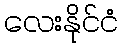
လေးနိုင်ငံ